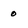
Character: 0